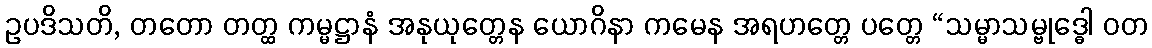
ဥပဒိသတိ, တတော တတ္ထ ကမ္မဋ္ဌာနံ အနုယုတ္တေန ယောဂိနာ ကမေန အရဟတ္တေ ပတ္တေ “သမ္မာသမ္ဗုဒ္ဓေါ ဝတ